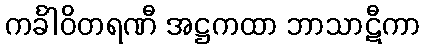
ကင်္ခါဝိတရဏီ အဋ္ဌကထာ ဘာသာဋီကာ